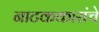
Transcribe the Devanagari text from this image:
नाटककारांचे